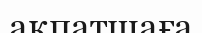
ақпатшаға